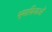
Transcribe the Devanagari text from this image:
भूमाफ़ियाओं